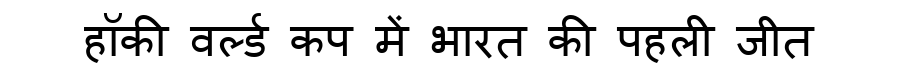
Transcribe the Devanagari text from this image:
हॉकी वर्ल्ड कप में भारत की पहली जीत